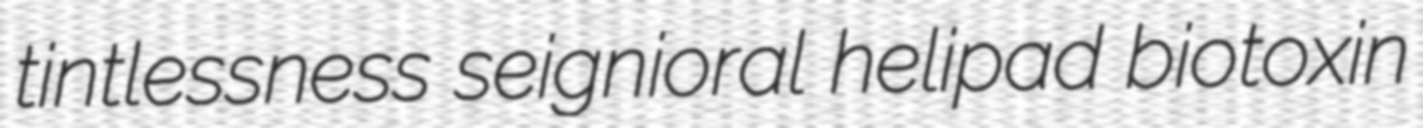
tintlessness seignioral helipad biotoxin